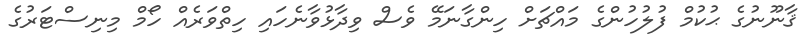
ޤާނޫނުގެ ޙުކުމް ފުލުހުންގެ މައްޗަށް ހިންގާނަމޭ ވެސް ވިދާޅުވާނެހައި ހިތްވަރެއް ހޯމް މިނިސްޓަރުގެ